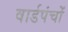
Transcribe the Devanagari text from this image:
वार्डपंचों